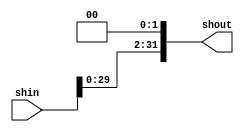
module shift(shout, shin);
output [31:0] shout;
input [31:0] shin;
assign shout = shin << 2;
endmodule